Vaccination in Bombay 1869-1873 - 1869-1873
Year: 1869
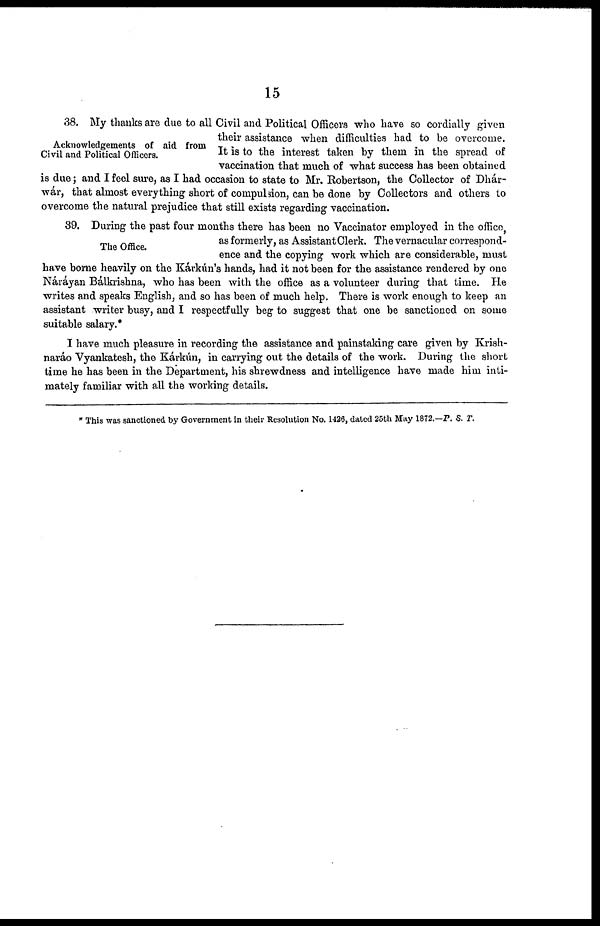
15
Acknowledgements of aid from
Civil and Political Officers.
38. My thanks are due to all Civil and Political Officers who have so cordially given
their assistance when difficulties had to be overcome.
It is to the interest taken by them in the spread of
vaccination that much of what success has been obtained
is due; and I feel sure, as I had occasion to state to Mr. Robertson, the Collector of Dhár¬
wár, that almost everything short of compulsion, can be done by Collectors and others to
overcome the natural prejudice that still exists regarding vaccination.
The Office.
39. During the past four months there has been no Vaccinator employed in the office,
as formerly, as Assistant Clerk. The vernacular correspond-
ence and the copying work which are considerable, must
have borne heavily on the Kárkún's hands, had it not been for the assistance rendered by one
Náráyan Bálkrishna, who has been with the office as a volunteer during that time. He
writes and speaks English, and so has been of much help. There is work enough to keep an
assistant writer busy, and I respectfully beg to suggest that one be sanctioned on some
suitable salary.*
I have much pleasure in recording the assistance and painstaking care given by Krish-
naráo Vyankatesh, the Kárkún, in carrying out the details of the work. During the short
time he has been in the Department, his shrewdness and intelligence have made him inti-
mately familiar with all the working details.
* This was sanctioned by Government in their Resolution No. 1426, dated 25th May 1872.—P. S. T.